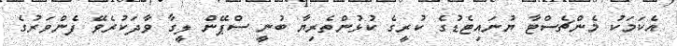
އެކަމަކު މެންޗެސްޓާ ޔުނައިޓެޑުގެ ކުރީގެ ކުޅުންތެރިޔާ ބުނީ ސްޕޭން ލީގާ ވާދަކުރެވޭ ފެންވަރުގެ